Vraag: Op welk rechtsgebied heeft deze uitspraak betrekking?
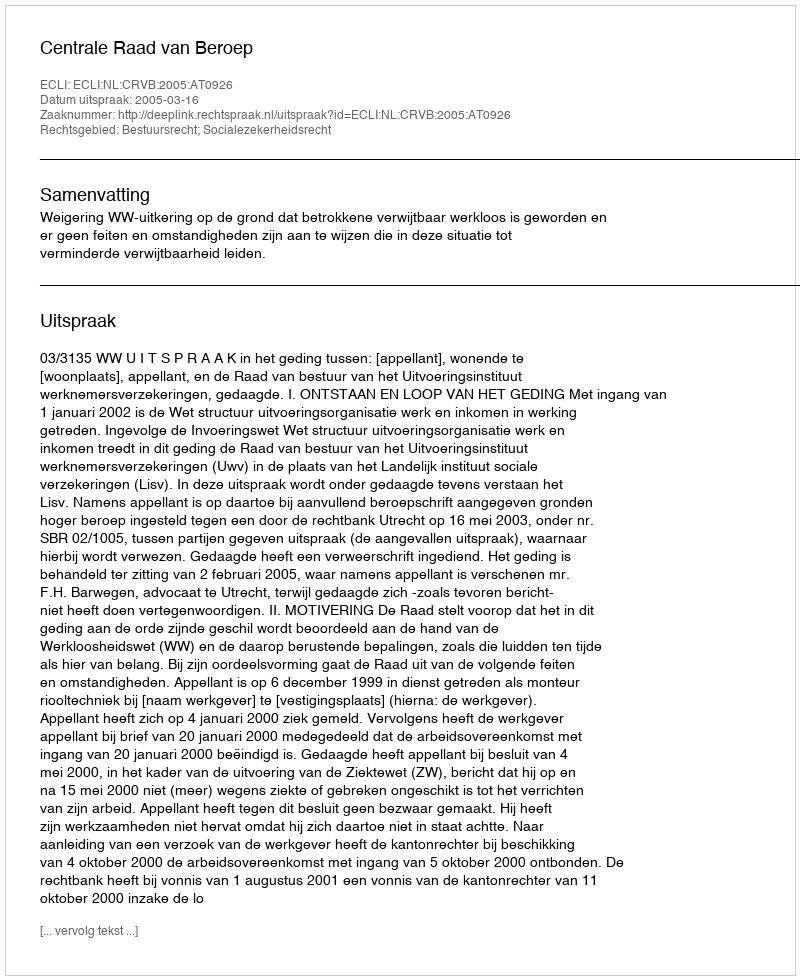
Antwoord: Bestuursrecht; Socialezekerheidsrecht